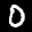
Label: 0